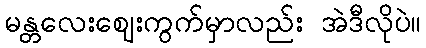
မန္တလေးဈေးကွက်မှာလည်း အဲဒီလိုပဲ။